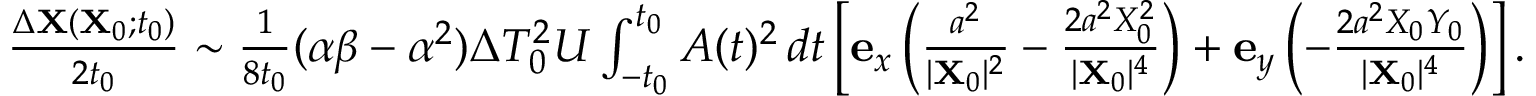
\begin{array} { r } { \frac { \Delta \mathbf { X } ( \mathbf { X } _ { 0 } ; t _ { 0 } ) } { 2 t _ { 0 } } \sim \frac { 1 } { 8 t _ { 0 } } ( \alpha \beta - \alpha ^ { 2 } ) \Delta T _ { 0 } ^ { 2 } U \int _ { - t _ { 0 } } ^ { t _ { 0 } } A ( t ) ^ { 2 } \, d t \left[ \mathbf { e } _ { x } \left( \frac { a ^ { 2 } } { \vert \mathbf { X } _ { 0 } \vert ^ { 2 } } - \frac { 2 a ^ { 2 } X _ { 0 } ^ { 2 } } { \vert \mathbf { X } _ { 0 } \vert ^ { 4 } } \right) + \mathbf { e } _ { y } \left( - \frac { 2 a ^ { 2 } X _ { 0 } Y _ { 0 } } { \vert \mathbf { X } _ { 0 } \vert ^ { 4 } } \right) \right] . } \end{array}